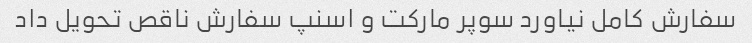
سفارش کامل نیاورد سوپر مارکت و اسنپ سفارش ناقص تحویل داد